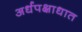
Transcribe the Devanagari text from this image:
अर्धपक्षाधात